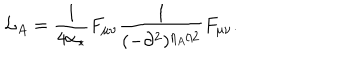
{ \cal L } _ { A } = \frac { 1 } { 4 \alpha _ { * } } F _ { \mu \nu } \frac { 1 } { ( - \partial ^ { 2 } ) ^ { \eta _ { A } / 2 } } F _ { \mu \nu } .